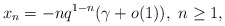
\begin{align*}x_{n}=-nq^{1-n}(\gamma+o(1)),\ n\ge1,\end{align*}